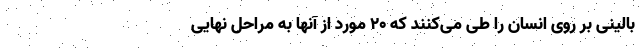
بالینی بر روی انسان را طی می‌کنند که ۲۰ مورد از آنها به مراحل نهایی